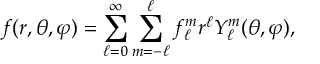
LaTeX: f ( r , \theta , \varphi ) = \sum _ { \ell = 0 } ^ { \infty } \sum _ { m = - \ell } ^ { \ell } f _ { \ell } ^ { m } r ^ { \ell } Y _ { \ell } ^ { m } ( \theta , \varphi ) ,